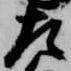
左